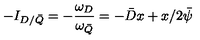
- I _ { D / \bar { Q } } = - \frac { \omega _ { D } } { \omega _ { \bar { Q } } } = - \bar { D } x + x / 2 \bar { \psi }